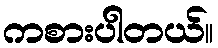
ကစားပါတယ်။